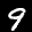
Label: 9